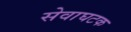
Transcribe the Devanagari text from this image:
सेवाघटक